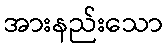
အားနည်းသော